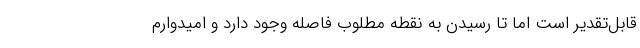
قابل‌تقدیر است اما تا رسیدن به نقطه مطلوب فاصله وجود دارد و امیدوارم